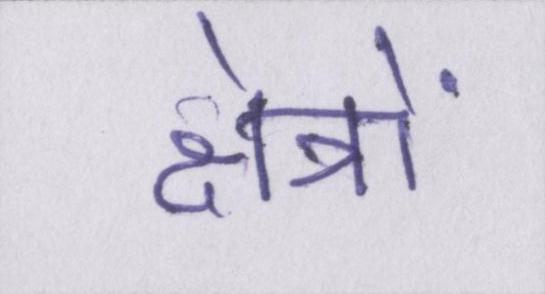
क्षेत्रों